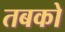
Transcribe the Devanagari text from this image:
तबको